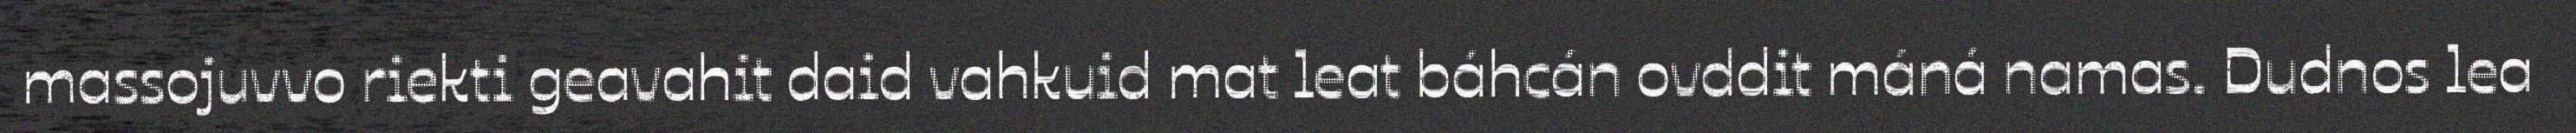
massojuvvo riekti geavahit daid vahkuid mat leat báhcán ovddit máná namas. Dudnos lea